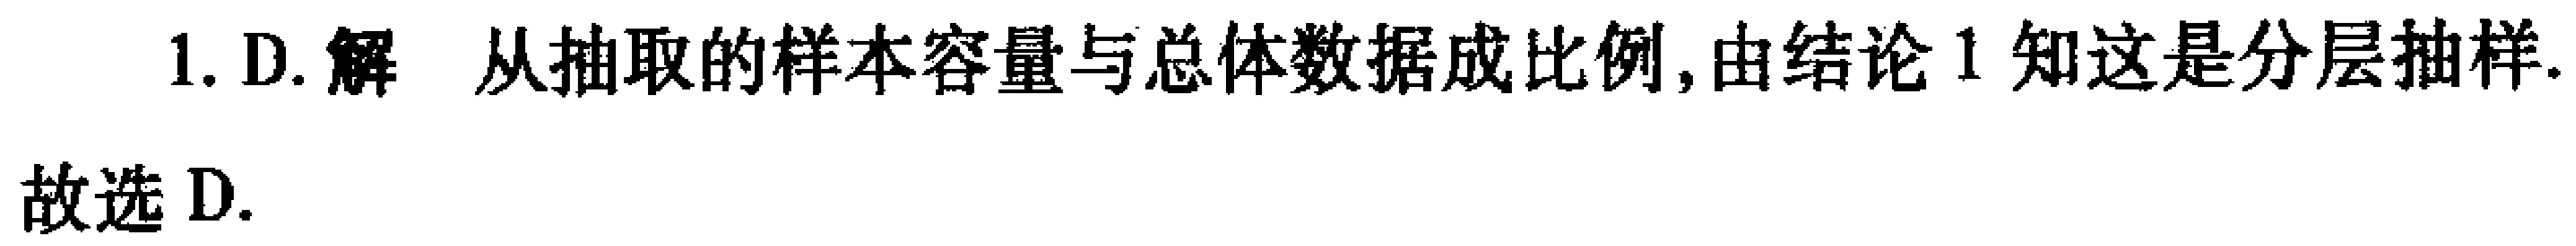
1. D. 解 从抽取的样本容量与总体数据成比例, 由结论 1 知这是分层抽样.

故选 D.